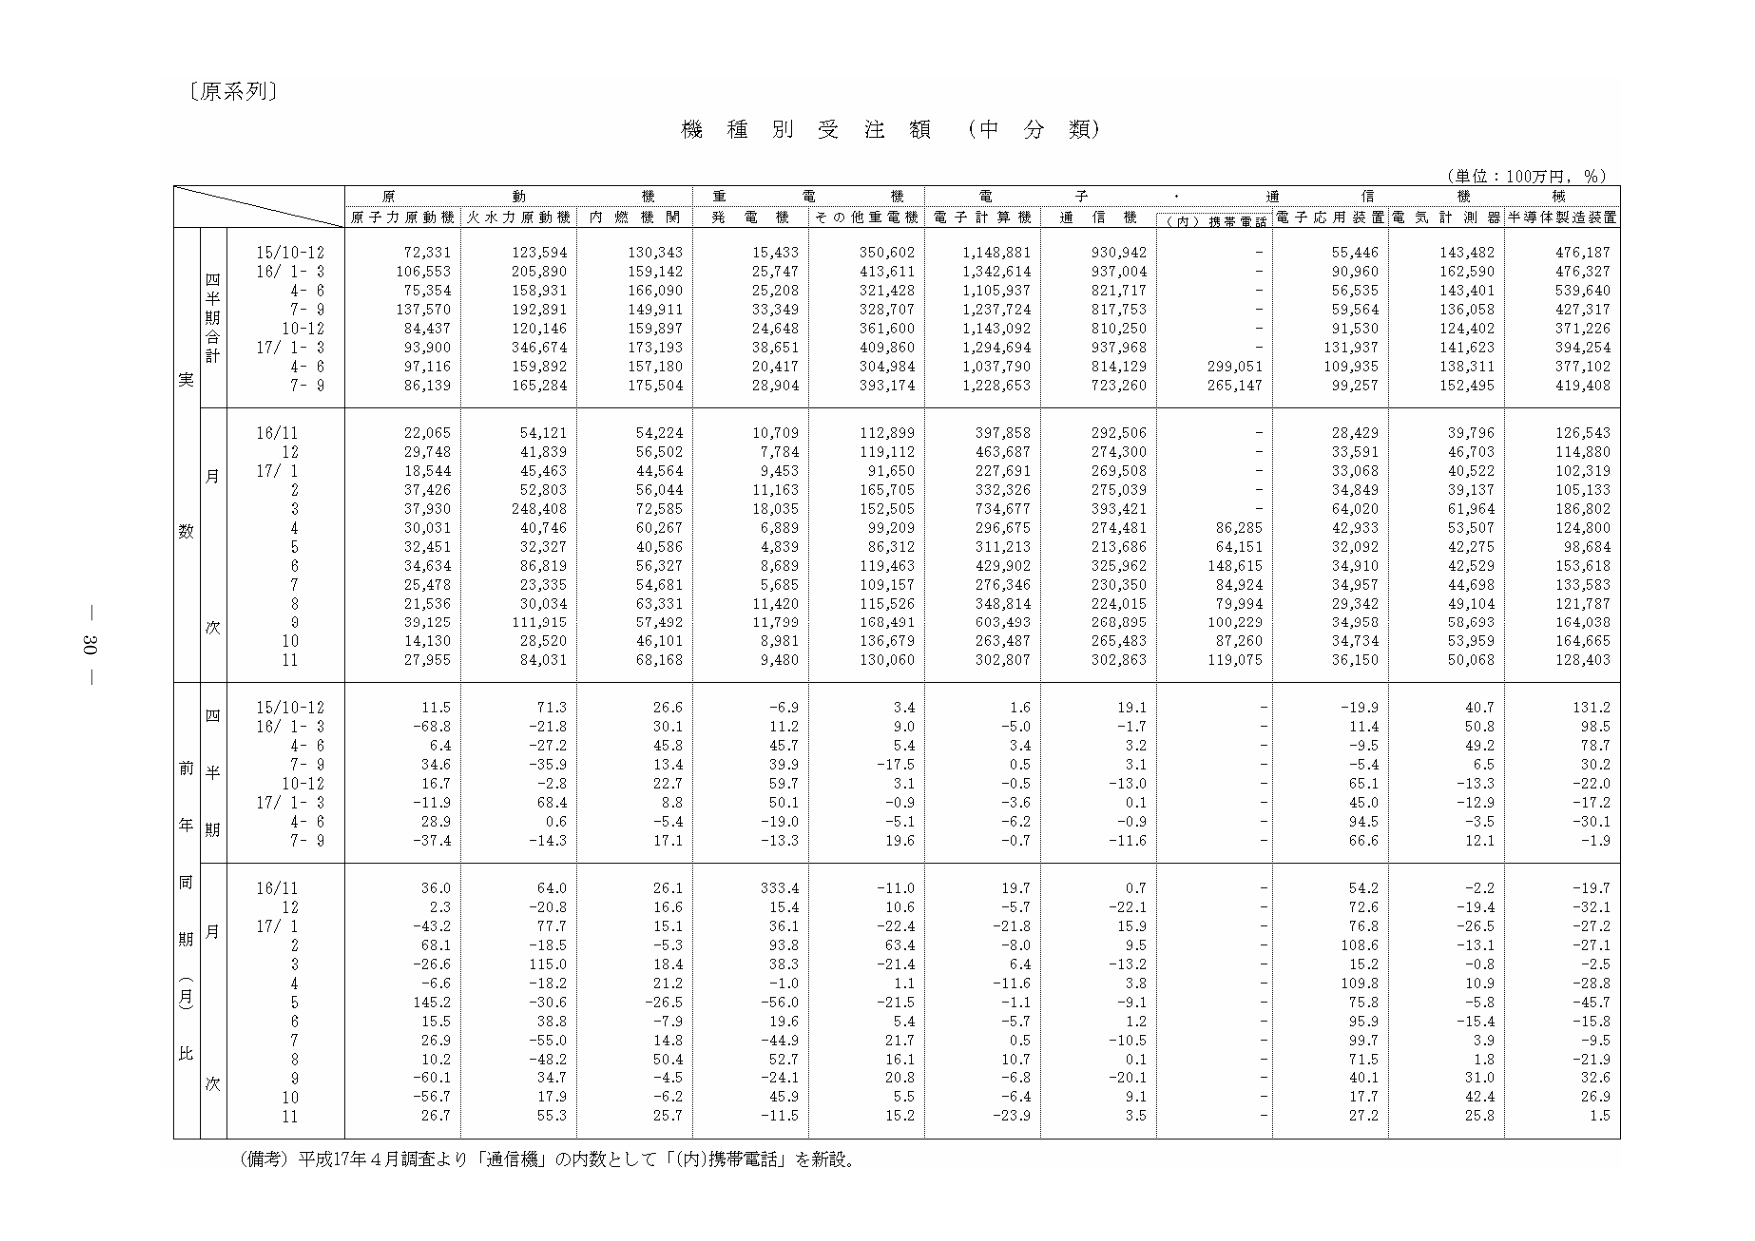
〔原系列〕

機種別受注額（中分類）

（単位：100万円，％）

原動機　重電機　電子　通信機　機械
原子力原動機　火力力原動機　内燃機関　発電機　その他重電機　電子計算機　通信機　（内）携帯電話　電子応用装置　電気計測器　半導体製造装置

四半期合計
実
15/10-12　72,331　123,594　130,343　15,433　350,602　1,148,881　930,942　-　55,446　143,482　476,187
16/ 1- 3　106,553　205,890　159,142　25,747　413,611　1,342,614　937,004　-　90,960　162,590　476,327
　4- 6　75,354　158,931　166,090　25,208　321,428　1,105,937　821,717　-　56,535　143,401　539,640
　7- 9　137,570　192,891　149,911　33,349　328,707　1,237,724　817,753　-　59,564　136,058　427,317
　10-12　84,437　120,146　159,897　24,648　361,600　1,143,092　810,250　-　91,530　124,402　371,226
17/ 1- 3　93,900　346,674　173,193　38,651　409,860　1,294,694　937,968　-　131,937　141,623　394,254
　4- 6　97,116　159,892　157,180　20,417　304,984　1,037,790　814,129　299,051　109,935　138,311　377,102
　7- 9　86,139　165,284　175,504　28,904　393,174　1,228,653　723,260　265,147　99,257　152,495　419,408

月次
数
16/11　22,065　54,121　54,224　10,709　112,899　397,858　292,506　-　28,429　39,796　126,543
　12　29,748　41,839　56,502　7,784　119,112　463,687　274,300　-　33,591　46,703　114,880
17/ 1　18,544　45,463　44,564　9,453　91,650　227,691　269,508　-　33,068　40,522　102,319
　2　37,426　52,803　56,044　11,163　165,705　332,326　275,039　-　34,849　39,137　105,133
　3　37,930　248,408　72,585　18,035　152,505　734,677　393,421　-　64,020　61,964　186,802
　4　30,031　40,746　60,267　6,889　99,209　296,675　274,481　86,285　42,933　53,507　124,800
　5　32,451　32,327　40,586　4,839　86,312　311,213　213,686　64,151　32,092　42,275　98,684
　6　34,634　86,819　56,327　8,689　119,463　429,902　325,962　148,615　34,910　42,529　153,618
　7　25,478　23,335　54,681　5,685　109,157　276,346　230,350　84,924　34,957　44,698　133,583
　8　21,536　30,034　63,331　11,420　115,526　348,814　224,015　79,994　29,342　49,104　121,787
　9　39,125　111,915　57,492　11,799　168,491　603,493　268,895　100,229　34,958　58,693　164,038
　10　14,130　28,520　46,101　8,981　136,679　263,487　265,483　87,260　34,734　53,959　164,665
　11　27,955　84,031　68,168　9,480　130,060　302,807　302,863　119,075　36,150　50,068　128,403

四半期
前年
15/10-12　11.5　71.3　26.6　-6.9　3.4　1.6　19.1　-　-19.9　40.7　131.2
16/ 1- 3　-68.8　-21.8　30.1　11.2　9.0　-5.0　-1.7　-　11.4　50.8　98.5
　4- 6　6.4　-27.2　45.8　45.7　5.4　3.4　3.2　-　-9.5　49.2　78.7
　7- 9　34.6　-35.9　13.4　39.9　-17.5　0.5　3.1　-　-5.4　6.5　30.2
　10-12　16.7　-2.8　22.7　59.7　3.1　-0.5　-13.0　-　65.1　-13.3　-22.0
17/ 1- 3　-11.9　68.4　8.8　50.1　-0.9　-3.6　0.1　-　45.0　-12.9　-17.2
　4- 6　28.9　0.6　-5.4　-19.0　-5.1　-6.2　-0.9　-　94.5　-3.5　-30.1
　7- 9　-37.4　-14.3　17.1　-13.3　19.6　-0.7　-11.6　-　66.6　12.1　-1.9

同期（月）比
次
16/11　36.0　64.0　26.1　333.4　-11.0　19.7　0.7　-　54.2　-2.2　-19.7
　12　2.3　-20.8　16.6　15.4　10.6　-5.7　-22.1　-　72.6　-19.4　-32.1
17/ 1　-43.2　77.7　15.1　36.1　-22.4　-21.8　15.9　-　76.8　-26.5　-27.2
　2　68.1　-18.5　-5.3　93.8　63.4　-8.0　9.5　-　108.6　-13.1　-27.1
　3　-26.6　115.0　18.4　38.3　-21.4　6.4　-13.2　-　15.2　-0.8　-2.5
　4　-6.6　-18.2　21.2　-1.0　1.1　-11.6　3.8　-　109.8　10.9　-28.8
　5　145.2　-30.6　-26.5　-56.0　-21.5　-1.1　-9.1　-　75.8　-5.8　-45.7
　6　15.5　38.8　-7.9　19.6　5.4　-5.7　1.2　-　95.9　-15.4　-15.8
　7　26.9　-55.0　14.8　-44.9　21.7　0.5　-10.5　-　99.7　3.9　-9.5
　8　10.2　-48.2　50.4　52.7　16.1　10.7　0.1　-　71.5　1.8　-21.9
　9　-60.1　34.7　-4.5　-24.1　20.8　-6.8　-20.1　-　40.1　31.0　32.6
　10　-56.7　17.9　-6.2　45.9　5.5　-6.4　9.1　-　17.7　42.4　26.9
　11　26.7　55.3　25.7　-11.5　15.2　-23.9　3.5　-　27.2　25.8　1.5

（備考）平成17年4月調査より「通信機」の内数として「（内）携帯電話」を新設。

— 30 —